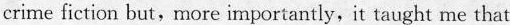
crime fiction but,more imporiantly,it taught me that